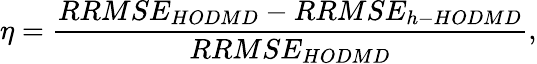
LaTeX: \eta=\frac{RRMSE_{HODMD}-RRMSE_{h-HODMD}}{RRMSE_{HODMD}},